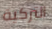
التركية